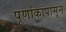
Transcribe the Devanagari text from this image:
पूर्णांकांपासून